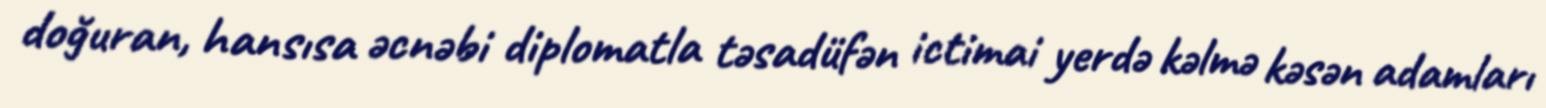
doğuran, hansısa əcnəbi diplomatla təsadüfən ictimai yerdə kəlmə kəsən adamları